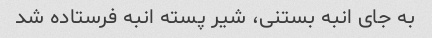
به جای انبه بستنی، شیر پسته انبه فرستاده شد